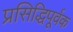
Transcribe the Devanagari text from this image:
प्रसिद्धिपूर्वक